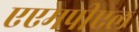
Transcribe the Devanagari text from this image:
एएमपीएल